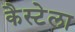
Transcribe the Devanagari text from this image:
कैस्टेला